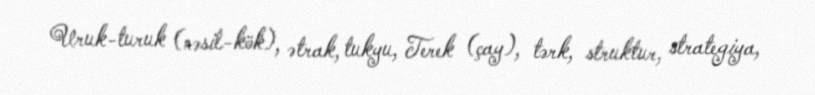
Uruk-turuk (nəsil-kök), ətrak, tukyu, Terek (çay), tərk, struktur, strategiya,